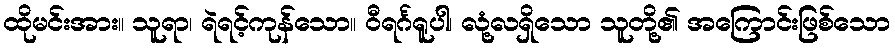
ထိုမင်းအား။ သူရာ၊ ရဲရင့်ကုန်သော။ ဝီရင်္ဂရူပါ၊ လုံ့လရှိသော သူတို့၏ အကြောင်းဖြစ်သော